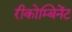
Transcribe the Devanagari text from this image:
रीकोम्बिनेंट